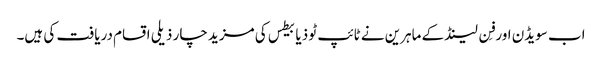
اب سویڈن اور فِن لینڈ کے ماہرین نے ٹائپ ٹو ذیابیطس کی مزید چار ذیلی اقسام دریافت کی ہیں۔